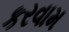
કરવામ